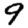
Digit: 9